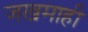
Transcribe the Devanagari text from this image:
जखमाही